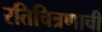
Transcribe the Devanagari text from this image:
रतिचित्रणाची